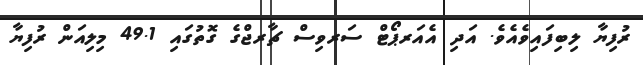
ރުފިޔާ ލިބިފައިވެއެވެ. އަދި އެއަރޕޯޓް ސަރވިސް ޗާރޖްގެ ގޮތުގައި 49.1 މިލިއަން ރުފިޔާ